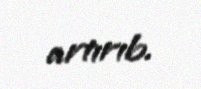
artırıb.